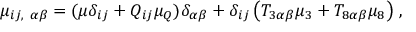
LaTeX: \mu _ { i j , ~ \alpha \beta } = ( \mu \delta _ { i j } + Q _ { i j } \mu _ { Q } ) \delta _ { \alpha \beta } + \delta _ { i j } \left( T _ { 3 \alpha \beta } \mu _ { 3 } + T _ { 8 \alpha \beta } \mu _ { 8 } \right) \, ,